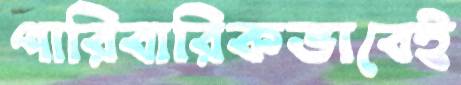
পারিবারিকভাবেই